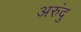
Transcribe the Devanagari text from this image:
अरुंदु